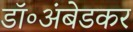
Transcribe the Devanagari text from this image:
डॉ॰अंबेडकर